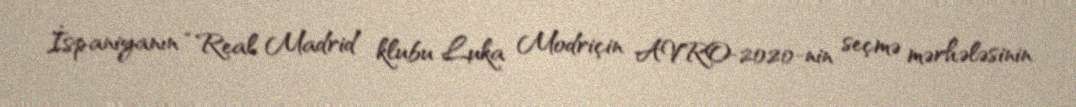
İspaniyanın “Real Madrid” klubu Luka Modriçin AVRO-2020-nin seçmə mərhələsinin